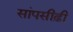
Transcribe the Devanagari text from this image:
सांपसीढ़ी